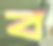
ব